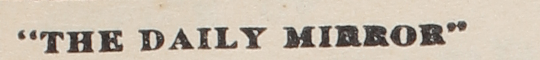
"THE DAILY MIRROR"